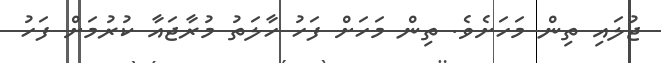
ޖުލައި ތިން މަހަށެވެ. ތިން މަހަށް ފަހު ހާލަތު މުރާޖައާ ކުރުމަށް ފަހު